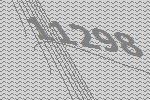
11298